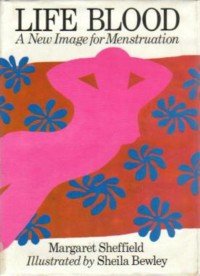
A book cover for Life Blood New Image for Menstruation; Margaret Sheffield; Health, Fitness & Dieting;